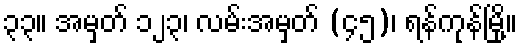
၃၃။ အမှတ် ၁၂၃၊ လမ်းအမှတ် (၄၅)၊ ရန်ကုန်မြို့။